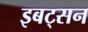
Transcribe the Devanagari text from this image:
इबट्सन